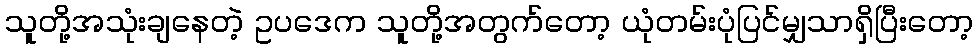
သူတို့အသုံးချနေတဲ့ ဥပဒေက သူတို့အတွက်တော့ ယုံတမ်းပုံပြင်မျှသာရှိပြီးတော့